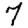
Digit: 7